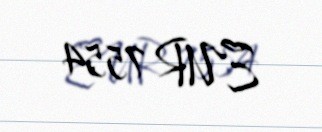
EUR 7554